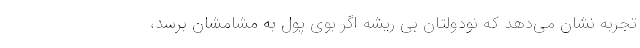
تجربه نشان می‌دهد که نودولتان بی ریشه اگر بوی پول به مشامشان برسد،